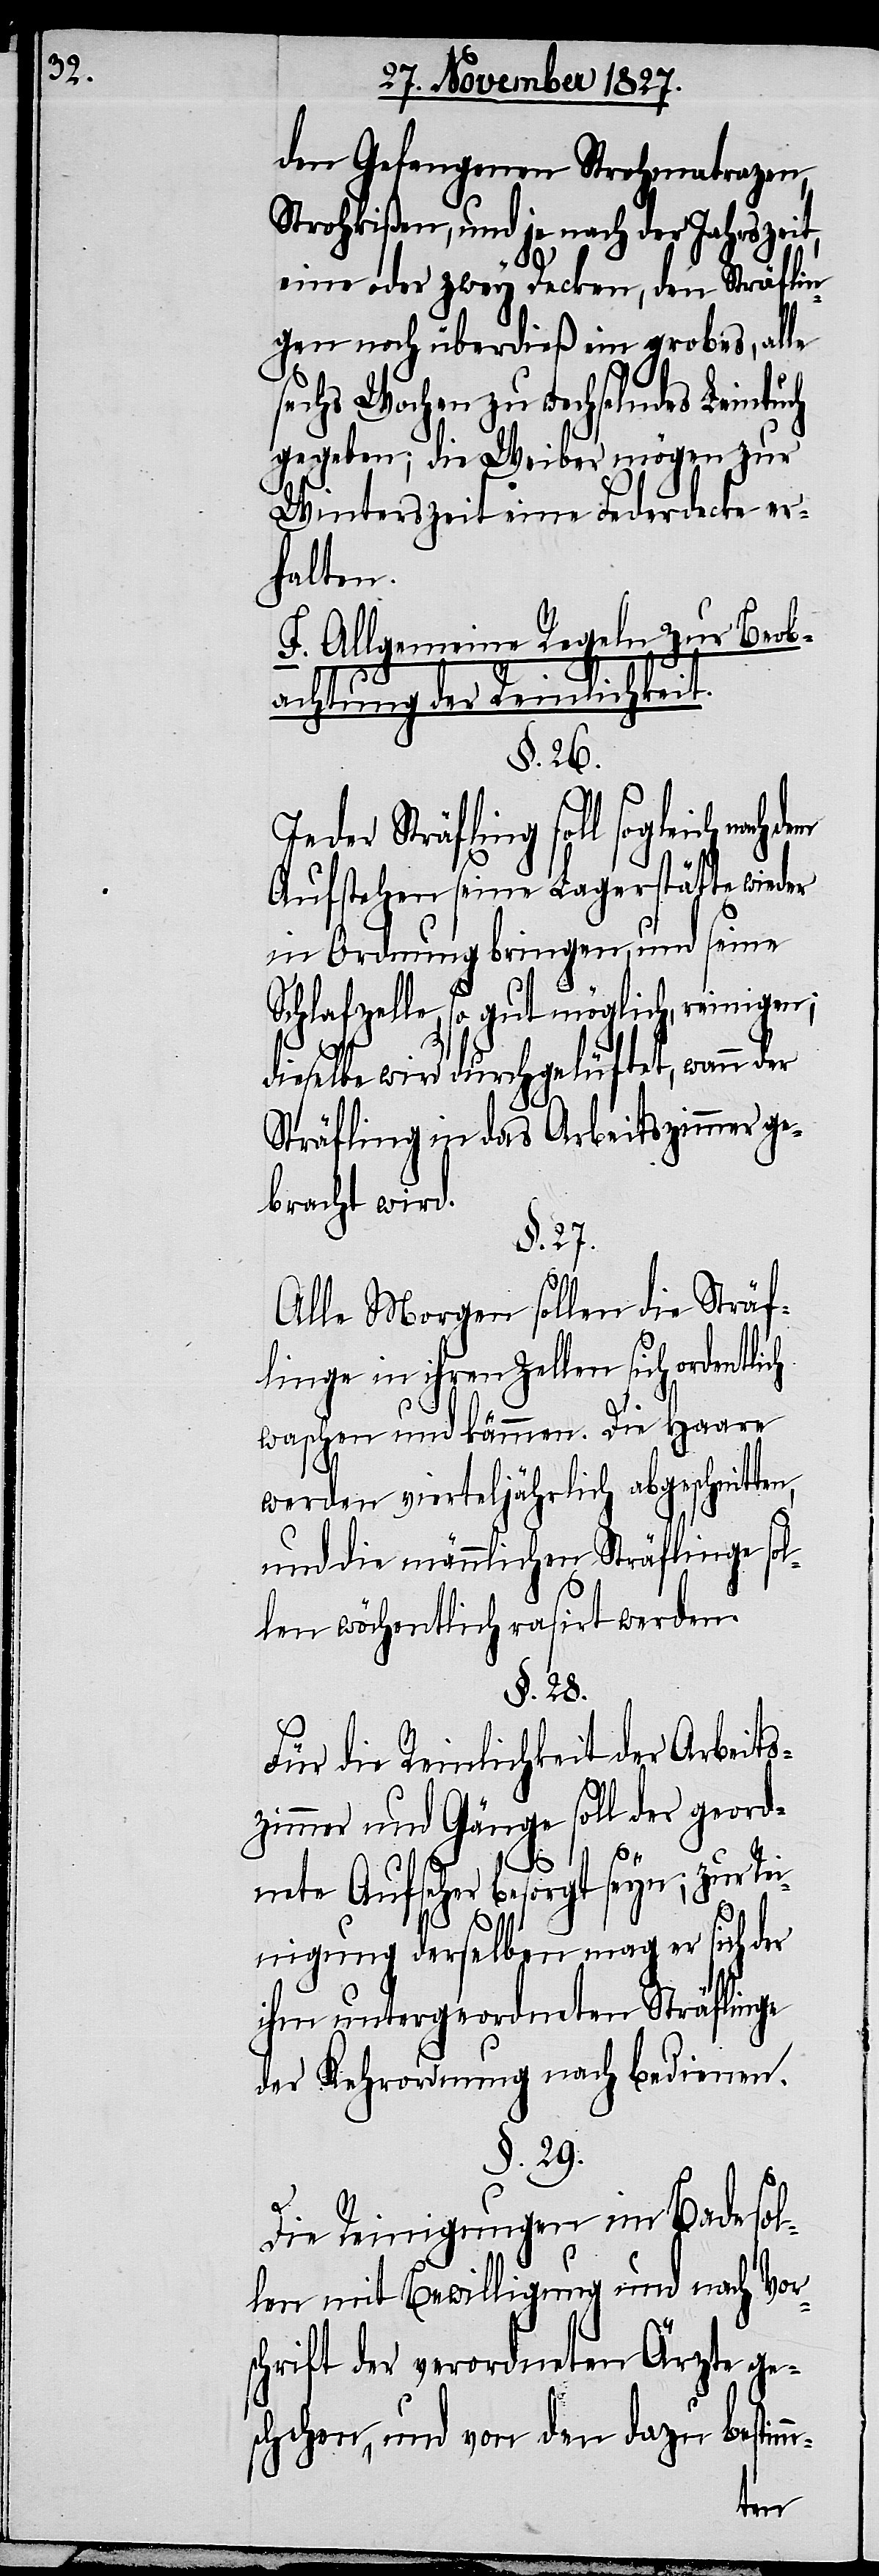
den Gefangenen Strohmatrazen,
Strohkißen, und je nach der Jahreszeit,
eine oder zwey Decken, den Sträflin¬
gen überdieß ein grobes, alle
sechs Wochen zu wechselndes Leintu¬
gegeben; die Weiber mögen zur
Winterszeit eine Federdecke er¬
halten.
F. Allgemeine Regeln zur Beob¬
achtung der Reinlichkeit.
§. 26.
Jeder Sträfling soll sogleich nach
Aufstehen seine Lagerstätte wieder
in Ordnung bringen, und seine
Schlafzelle, so gut möglich, reinigen;
dieselbe wird durchgelüftet, wann der
Sträfling in das Arbeitszimmer ge¬
bracht wird.
§. 27.
Alle Morgen sollen die Sträf¬
linge in ihren Zellen sich ordentlich
waschen und kämmen. Die Haare
werden vierteljährlich abgeschnitten,
und die männlichen Sträflinge sol¬
len wöchentlich rasirt werden.
§. 28.
Für die Reinlichkeit der Arbeits¬
zimmer und Gänge soll der geord¬
nete Aufseher besorgt seyn; zur Re¬
ch
m-
inigung derselben mag er sich der
ihm untergeordneten Sträflinge
der Kehrordnung nach bedienen.
§. 29.
Die Reinigungen im Bade sol¬
len mit Bewilligung und nach Vor¬
schrift der verordneten Ärzte ge¬
schehen, und von den dazu bestim¬